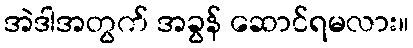
အဲဒါအတွက် အခွန် ဆောင်ရမလား။